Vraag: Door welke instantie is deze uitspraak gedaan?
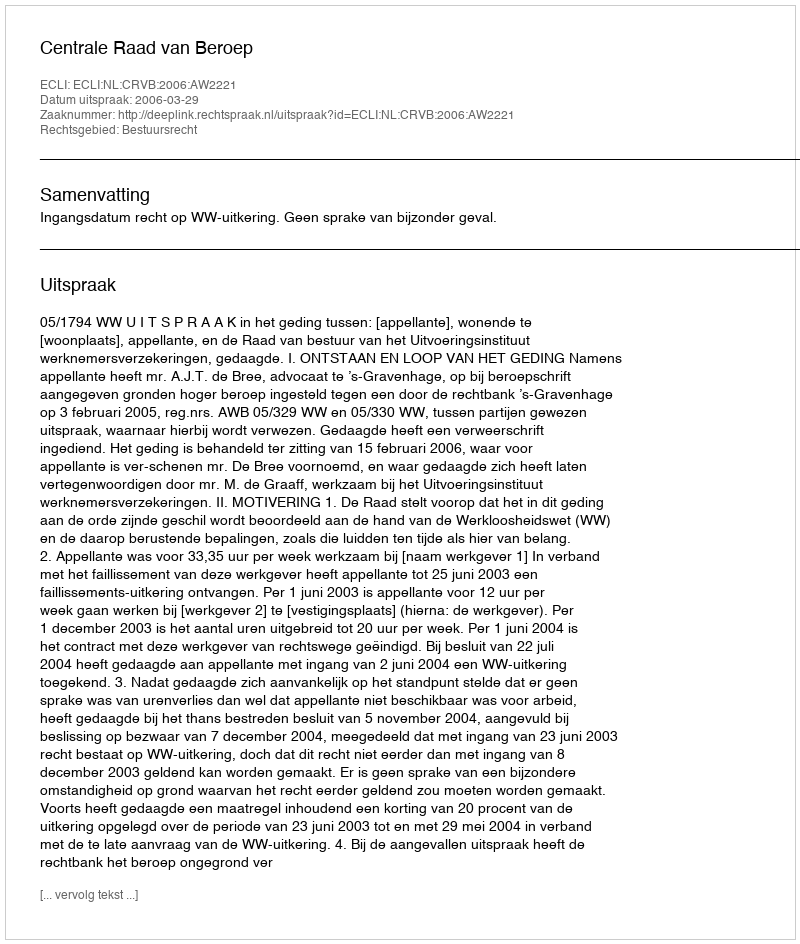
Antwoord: Centrale Raad van Beroep